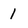
Character: 1